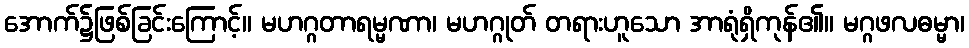
အောက်၌ဖြစ်ခြင်းကြောင့်။ မဟဂ္ဂတာရမ္မဏာ၊ မဟဂ္ဂုတ် တရားဟူသော အာရုံရှိကုန်၏။ မဂ္ဂဖလဓမ္မာ၊